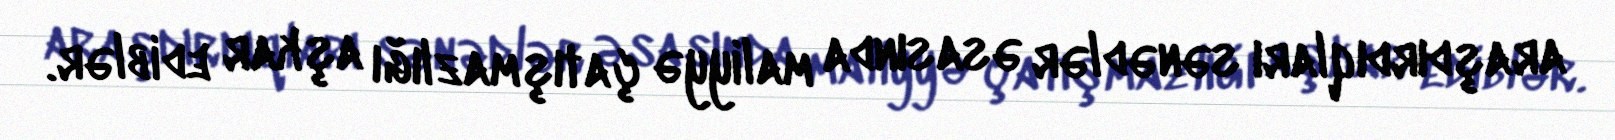
araşdırdıqları sənədlər əsasında maliyyə çatışmazlığı aşkar ediblər.